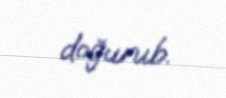
doğurub.